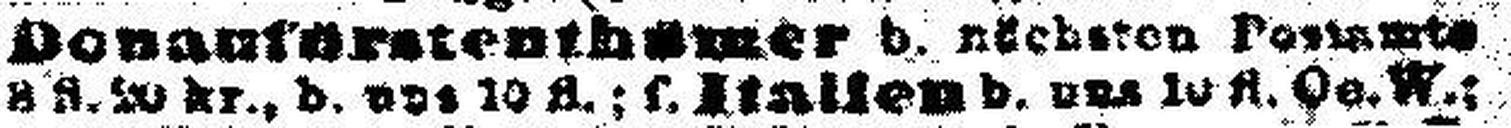
###fl. 20 kr., b. uns 10 fl.; f. Italien b. uns 10 fl. Oe. W.;